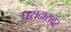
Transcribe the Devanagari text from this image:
घरादारावर